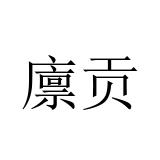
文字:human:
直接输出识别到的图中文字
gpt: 廪贡